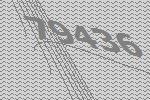
79436